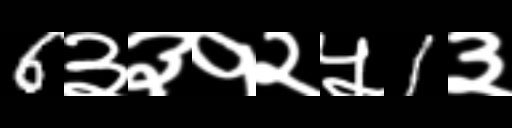
Text: 6३३१२५1३